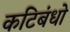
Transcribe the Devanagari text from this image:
कटिबंधो